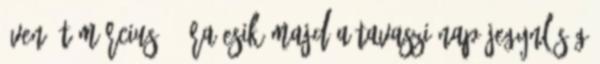
éven át március 20-ra esik majd a tavaszi napéjegynlőség